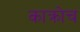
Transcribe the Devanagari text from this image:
काक्रोच